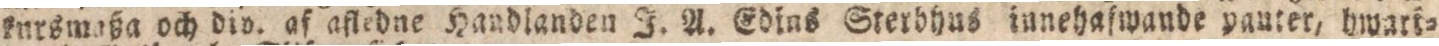
kursmaßa och div. af afledne Handlanden J. A. Edius Sterbhus innehafwande pauter, hwari=